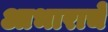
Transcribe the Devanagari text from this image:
आभाराचे